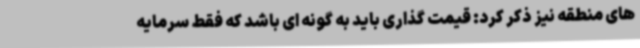
های منطقه نیز ذکر کرد: قیمت گذاری باید به گونه ای باشد که فقط سرمایه